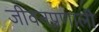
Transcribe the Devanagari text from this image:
जीवनप्रणाली